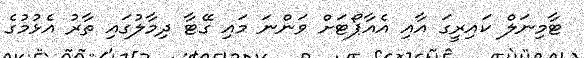
ޓާމިނަލް ކައިރީގަ އާއި އެއާޕޯޓަށް ވަންނަ މައި ގޭޓާ ދިމާލުގައި ތާރު އެޅުމުގެ